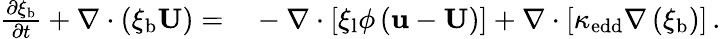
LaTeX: \begin{array}{rl}{\frac{\partial\xi_{\mathrm{b}}}{\partial t}+\nabla\cdot\left(\xi_{\mathrm{b}}\mathbf{U}\right)=}&{{}-\nabla\cdot\left[\xi_{\mathrm{l}}\phi\left(\mathbf{u}-\mathbf{U}\right)\right]+\nabla\cdot\left[\kappa_{\mathrm{edd}}\nabla\left(\xi_{\mathrm{b}}\right)\right]\, .}\end{array}